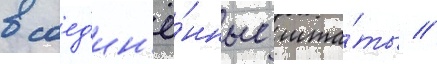
в соед'ин'ё́нные шта́ты //